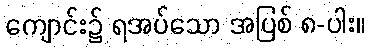
ကျောင်း၌ ရအပ်သော အပြစ် ၈-ပါး။